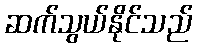
ဆက်သွယ်နိုင်သည်